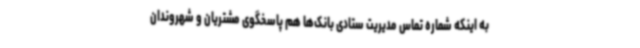
به اینکه شماره تماس مدیریت ستادی بانک‌ها هم پاسخگوی مشتریان و شهروندان